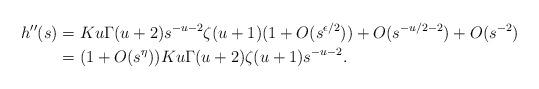
LaTeX: \begin{align*} h''(s) & = Ku\Gamma(u+2) s^{-u-2} \zeta(u+1)(1+O(s^{\epsilon/2})) + O(s^{-u/2-2}) + O(s^{-2})\\& = (1+O(s^{\eta}))Ku\Gamma(u+2)\zeta(u+1) s^{-u-2}.\end{align*}